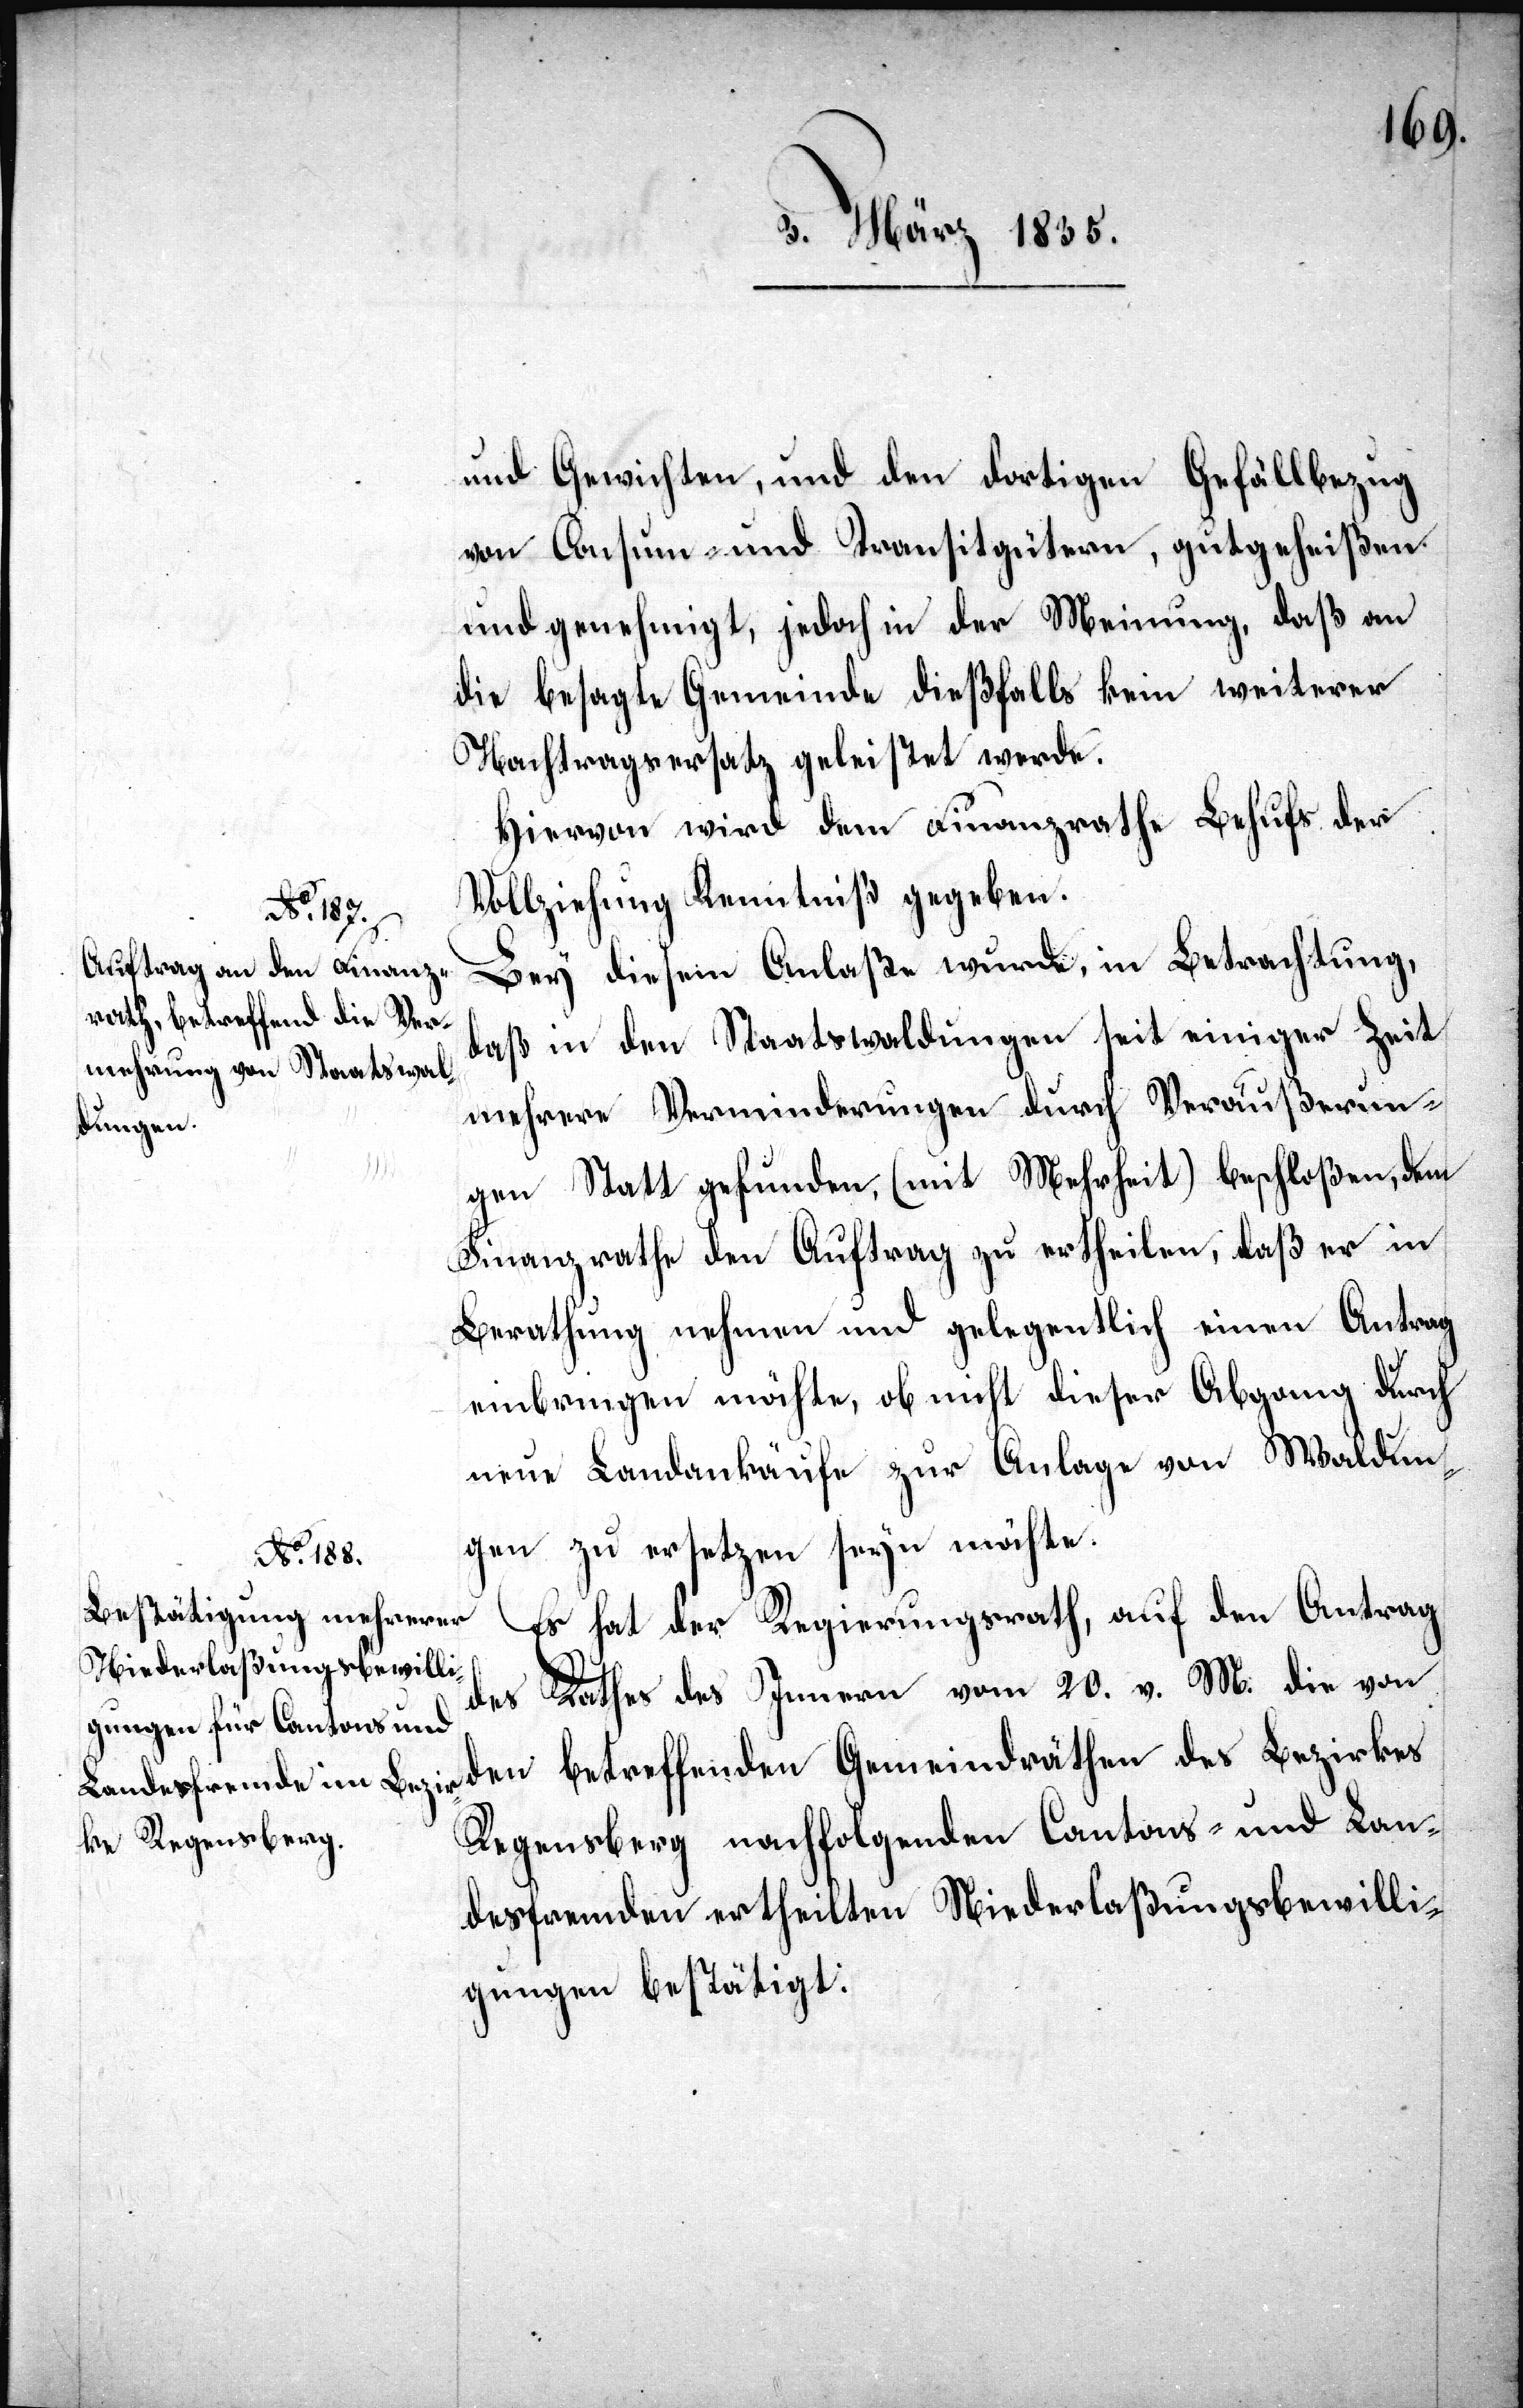
und Gewichten, und den dortigen Gefällbezug
von Consum- und Transitgütern, gutgeheißen
und genehmigt, jedoch in der Meinung, daß an
die besagte Gemeinde dießfalls kein weiterer
Nachtragsersatz geleistet werde.
Hiervon wird dem Finanzrathe Behufs der
Vollziehung Kenntniß gegeben.
Bey diesem Anlaße wurde, in Betrachtung,
daß in den Staatswaldungen seit einiger Zeit
mehrere Verminderungen durch Veräußerun¬
gen Statt gefunden, (mit Mehrheit) beschloßen, dem
Finanzrathe den Auftrag zu ertheilen, daß er in
Berathung nehmen und gelegentlich einen Antrag
einbringen möchte, ob nicht dieser Abgang durch
neue Landankäufe zur Anlage von Waldun¬
gen zu ersetzen sein möchte.
Es hat der Regierungsrath, auf den Antrag
des Rathes des Innern vom 20. v. M. die von
den betreffenden Gemeindräthen des Bezirkes
Regensberg nachfolgenden Cantons- und Lan¬
desfremden ertheilten Niederlaßungsbewilli¬
gungen bestätigt: